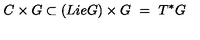
C \times G \subset ( L i e G ) \times G \ = \ T ^ { * } G